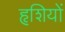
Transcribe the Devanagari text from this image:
हृशियों